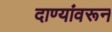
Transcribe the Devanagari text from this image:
दाण्यांवरून